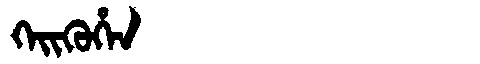
Manchu: ᡴᡝᡳᡴᡠᡥᡝᠨ
Romanization: KEIKUHEN